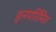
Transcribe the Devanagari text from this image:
इनपरिमित